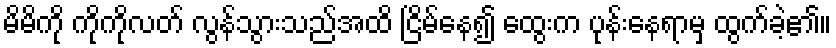
မိမိကို ကိုကိုလတ် လွန်သွားသည်အထိ ငြိမ်နေ၍ ထွေးက ပုန်းနေရာမှ ထွက်ခဲ့၏။